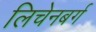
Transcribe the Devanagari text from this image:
लिचेनबर्ग